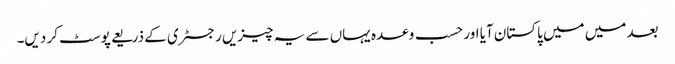
بعد میں میں پاکستان آیا اور حسب وعدہ یہاں سے یہ چیزیں رجسٹری کے ذریعے پوسٹ کر دیں۔